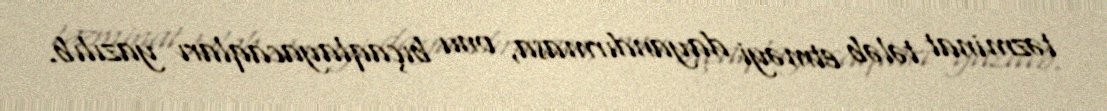
təzminat tələb etməyi dayandırmasa, onu bıçaqlayacaqları yazılıb.